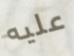
عليه